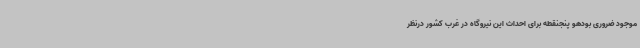
موجود ضروری بودهو پنجنقطه برای احداث این نیروگاه در غرب کشور درنظر